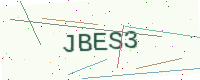
Text: JBES3